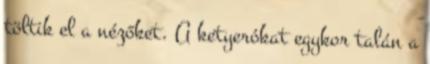
töltik el a nézőket. A ketyerókat egykor talán a